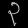
Digit: ၃